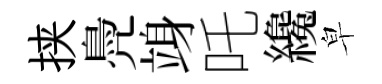
挟鳧竧吒纔皁